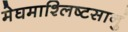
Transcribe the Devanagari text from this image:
मेघमाश्लिष्टसानुं